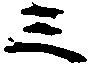
三